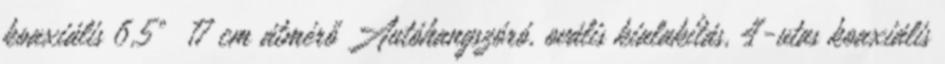
koaxiális 6,5" 17 cm átmérő Autóhangszóró, ovális kialakítás, 4-utas koaxiális